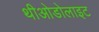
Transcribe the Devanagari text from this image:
थीओडोलाइट